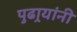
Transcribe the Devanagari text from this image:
पुढार्‍यांनी